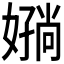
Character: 𫱪